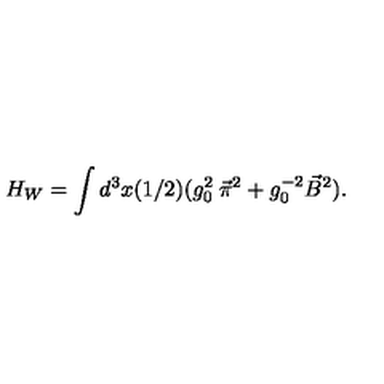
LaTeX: H _ { W } = \int d ^ { 3 } x ( 1 / 2 ) ( g _ { 0 } ^ { 2 } \: \vec { \pi } ^ { 2 } + g _ { 0 } ^ { - 2 } \vec { B } ^ { 2 } ) .